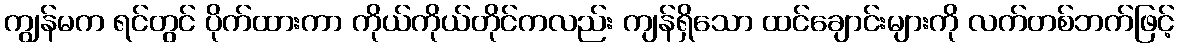
ကျွန်မက ရင်တွင် ပိုက်ထားကာ ကိုယ်ကိုယ်တိုင်ကလည်း ကျန်ရှိသော ထင်ချောင်းများကို လက်တစ်ဘက်ဖြင့်